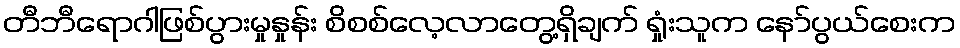
တီဘီရောဂါဖြစ်ပွားမှုနှုန်း စိစစ်လေ့လာတွေ့ရှိချက် ရှုံးသူက နော်ပွယ်စေးက